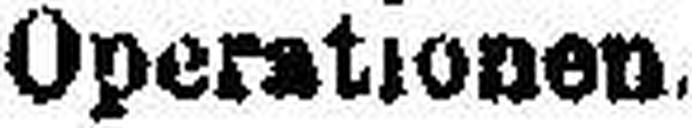
Operationen.